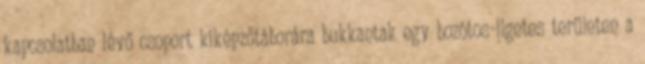
kapcsolatban lévő csoport kiképzőtáborára bukkantak egy bozótos-ligetes területen a